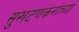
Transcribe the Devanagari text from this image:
सुखटणकरांच्या